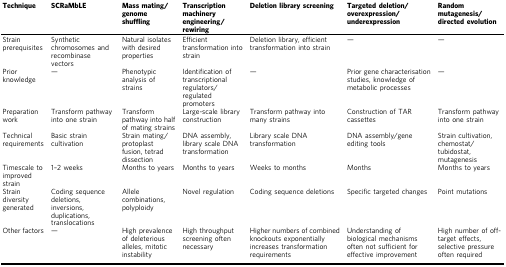
<table><thead><tr><td><b>Technique</b></td><td><b>SCRaMbLE</b></td><td><b>Mass mating/genome shuffling</b></td><td><b>Transcription machinery engineering/rewiring</b></td><td><b>Deletion library screening</b></td><td><b>Targeted deletion/overexpression/underexpression</b></td><td><b>Random mutagenesis/directed evolution</b></td></tr></thead><tbody><tr><td>Strain prerequisites</td><td>Synthetic chromosomes and recombinase vectors</td><td>Natural isolates with desired properties</td><td>Efficient transformation into strain</td><td>Deletion library, efficient transformation into strain</td><td>—</td><td>—</td></tr><tr><td>Prior knowledge</td><td>—</td><td>Phenotypic analysis of strains</td><td>Identification of transcriptional regulators/regulated promoters</td><td>—</td><td>Prior gene characterisation studies, knowledge of metabolic processes</td><td>—</td></tr><tr><td>Preparation work</td><td>Transform pathway into one strain</td><td>Transform pathway into half of mating strains</td><td>Large-scale library construction</td><td>Transform pathway into many strains</td><td>Construction of TAR cassettes</td><td>Transform pathway into one strain</td></tr><tr><td>Technical requirements</td><td>Basic strain cultivation</td><td>Strain mating/protoplast fusion, tetrad dissection</td><td>DNA assembly, library scale DNA transformation</td><td>Library scale DNA transformation</td><td>DNA assembly/gene editing tools</td><td>Strain cultivation, chemostat/tubidostat, mutagenesis</td></tr><tr><td>Timescale to improved strain</td><td>1–2 weeks</td><td>Months to years</td><td>Months to years</td><td>Weeks to months</td><td>Months</td><td>Months to years</td></tr><tr><td>Strain diversity generated</td><td>Coding sequence deletions, inversions, duplications, translocations</td><td>Allele combinations, polyploidy</td><td>Novel regulation</td><td>Coding sequence deletions</td><td>Specific targeted changes</td><td>Point mutations</td></tr><tr><td>Other factors</td><td>—</td><td>High prevalence of deleterious alleles, mitotic instability</td><td>High throughput screening often necessary</td><td>Higher numbers of combined knockouts exponentially increases transformation requirements</td><td>Understanding of biological mechanisms often not sufficient for effective improvement</td><td>High number of off-target effects, selective pressure often required</td></tr></tbody></table>